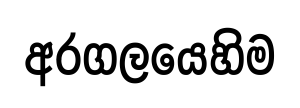
අරගලයෙහිම